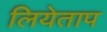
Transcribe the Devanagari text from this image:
लियेताप